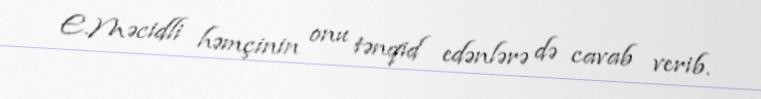
E.Məcidli həmçinin onu tənqid edənlərə də cavab verib.